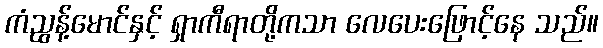
ကံညွန့်မောင်နှင့် ရှာကီရာတို့ကသာ လေပေးဖြောင့်နေ သည်။